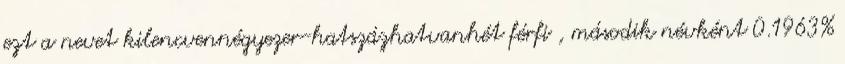
ezt a nevet kilencvennégyezer-hatszázhatvanhét férfi , második névként 0.1963%